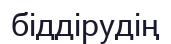
біддірудің